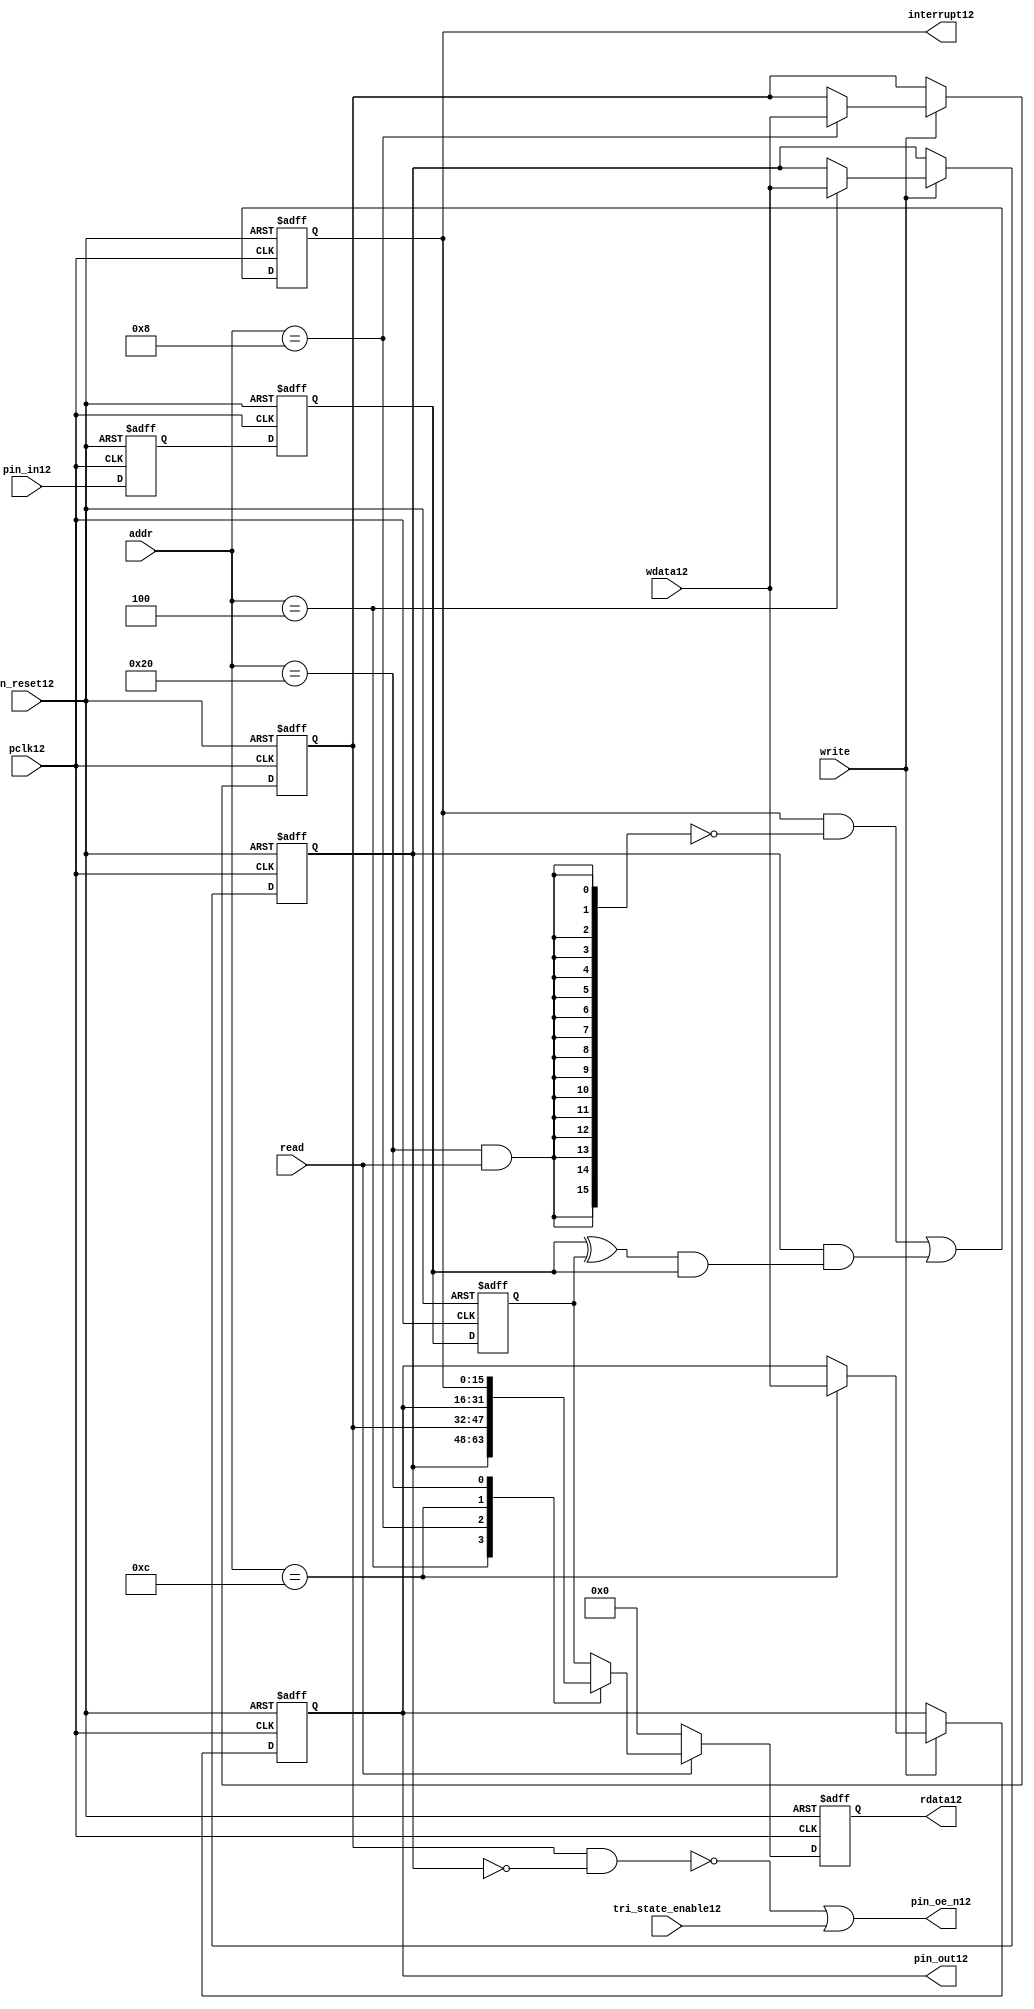
//File12 name   : gpio_lite_subunit12.v
//Title12       : 
//Created12     : 1999
//Description12 : Parametrised12 GPIO12 pin12 circuits12
//Notes12       : 
//----------------------------------------------------------------------
//   Copyright12 1999-2010 Cadence12 Design12 Systems12, Inc12.
//   All Rights12 Reserved12 Worldwide12
//
//   Licensed12 under the Apache12 License12, Version12 2.0 (the
//   "License12"); you may not use this file except12 in
//   compliance12 with the License12.  You may obtain12 a copy of
//   the License12 at
//
//       http12://www12.apache12.org12/licenses12/LICENSE12-2.0
//
//   Unless12 required12 by applicable12 law12 or agreed12 to in
//   writing, software12 distributed12 under the License12 is
//   distributed12 on an "AS12 IS12" BASIS12, WITHOUT12 WARRANTIES12 OR12
//   CONDITIONS12 OF12 ANY12 KIND12, either12 express12 or implied12.  See
//   the License12 for the specific12 language12 governing12
//   permissions12 and limitations12 under the License12.
//----------------------------------------------------------------------


module gpio_lite_subunit12(
  //Inputs12

  n_reset12,
  pclk12,

  read,
  write,
  addr,

  wdata12,
  pin_in12,

  tri_state_enable12,

  //Outputs12
 
  interrupt12,

  rdata12,
  pin_oe_n12,
  pin_out12

);
 
   // Inputs12
   
   // Clocks12   
   input n_reset12;            // asynch12 reset, active low12
   input pclk12;               // Ppclk12

   // Controls12
   input read;               // select12 GPIO12 read
   input write;              // select12 GPIO12 write
   input [5:0] 
         addr;               // address bus of selected master12

   // Dataflow12
   input [15:0]
         wdata12;              // GPIO12 Input12
   input [15:0]
         pin_in12;             // input data from pin12

   //Design12 for Test12 Inputs12
   input [15:0]
         tri_state_enable12;   // disables12 op enable -> Z12




   
   // Outputs12
   
   // Controls12
   output [15:0]
          interrupt12;         // interupt12 for input pin12 change

   // Dataflow12
   output [15:0]
          rdata12;             // GPIO12 Output12
   output [15:0]
          pin_oe_n12;          // output enable signal12 to pin12
   output [15:0]
          pin_out12;           // output signal12 to pin12
   



   
   // Registers12 in module

   //Define12 Physical12 registers in amba_unit12
   reg    [15:0]
          direction_mode12;     // 1=Input12 0=Output12              RW
   reg    [15:0]
          output_enable12;      // Output12 active                 RW
   reg    [15:0]
          output_value12;       // Value outputed12 from reg       RW
   reg    [15:0]
          input_value12;        // Value input from bus          R
   reg    [15:0]
          int_status12;         // Interrupt12 status              R

   // registers to remove metastability12
   reg    [15:0]
          s_synch12;            //stage_two12
   reg    [15:0]
          s_synch_two12;        //stage_one12 - to ext pin12
   
   
    
          
   // Registers12 for outputs12
   reg    [15:0]
          rdata12;              // prdata12 reg
   wire   [15:0]
          pin_oe_n12;           // gpio12 output enable
   wire   [15:0]
          pin_out12;            // gpio12 output value
   wire   [15:0]
          interrupt12;          // gpio12 interrupt12
   wire   [15:0]
          interrupt_trigger12;  // 1 sets12 interrupt12 status
   reg    [15:0]
          status_clear12;       // 1 clears12 interrupt12 status
   wire   [15:0]
          int_event12;          // 1 detects12 an interrupt12 event

   integer ia12;                // loop variable
   


   // address decodes12
   wire   ad_direction_mode12;  // 1=Input12 0=Output12              RW
   wire   ad_output_enable12;   // Output12 active                 RW
   wire   ad_output_value12;    // Value outputed12 from reg       RW
   wire   ad_int_status12;      // Interrupt12 status              R
   
//Register addresses12
//If12 modifying12 the APB12 address (PADDR12) width change the following12 bit widths12
parameter GPR_DIRECTION_MODE12   = 6'h04;       // set pin12 to either12 I12 or O12
parameter GPR_OUTPUT_ENABLE12    = 6'h08;       // contains12 oe12 control12 value
parameter GPR_OUTPUT_VALUE12     = 6'h0C;       // output value to be driven12
parameter GPR_INPUT_VALUE12      = 6'h10;       // gpio12 input value reg
parameter GPR_INT_STATUS12       = 6'h20;       // Interrupt12 status register

//Reset12 Values12
//If12 modifying12 the GPIO12 width change the following12 bit widths12
//parameter GPRV_RSRVD12            = 32'h0000_0000; // Reserved12
parameter GPRV_DIRECTION_MODE12  = 32'h00000000; // Default to output mode
parameter GPRV_OUTPUT_ENABLE12   = 32'h00000000; // Default 3 stated12 outs12
parameter GPRV_OUTPUT_VALUE12    = 32'h00000000; // Default to be driven12
parameter GPRV_INPUT_VALUE12     = 32'h00000000; // Read defaults12 to zero
parameter GPRV_INT_STATUS12      = 32'h00000000; // Int12 status cleared12



   //assign ad_bypass_mode12    = ( addr == GPR_BYPASS_MODE12 );   
   assign ad_direction_mode12 = ( addr == GPR_DIRECTION_MODE12 );   
   assign ad_output_enable12  = ( addr == GPR_OUTPUT_ENABLE12 );   
   assign ad_output_value12   = ( addr == GPR_OUTPUT_VALUE12 );   
   assign ad_int_status12     = ( addr == GPR_INT_STATUS12 );   

   // assignments12
   
   assign interrupt12         = ( int_status12);

   assign interrupt_trigger12 = ( direction_mode12 & int_event12 ); 

   assign int_event12 = ((s_synch12 ^ input_value12) & ((s_synch12)));

   always @( ad_int_status12 or read )
   begin : p_status_clear12

     for ( ia12 = 0; ia12 < 16; ia12 = ia12 + 1 )
     begin

       status_clear12[ia12] = ( ad_int_status12 & read );

     end // for ia12

   end // p_status_clear12

   // p_write_register12 : clocked12 / asynchronous12
   //
   // this section12 contains12 all the code12 to write registers

   always @(posedge pclk12 or negedge n_reset12)
   begin : p_write_register12

      if (~n_reset12)
      
       begin
         direction_mode12  <= GPRV_DIRECTION_MODE12;
         output_enable12   <= GPRV_OUTPUT_ENABLE12;
         output_value12    <= GPRV_OUTPUT_VALUE12;
       end
      
      else 
      
       begin
      
         if (write == 1'b1) // Write value to registers
      
          begin
              
            // Write Mode12
         
            if ( ad_direction_mode12 ) 
               direction_mode12 <= wdata12;
 
            if ( ad_output_enable12 ) 
               output_enable12  <= wdata12;
     
            if ( ad_output_value12 )
               output_value12   <= wdata12;

              

           end // if write
         
       end // else: ~if(~n_reset12)
      
   end // block: p_write_register12



   // p_metastable12 : clocked12 / asynchronous12 
   //
   // This12 process  acts12 to remove  metastability12 propagation
   // Only12 for input to GPIO12
   // In Bypass12 mode pin_in12 passes12 straight12 through

   always @(posedge pclk12 or negedge n_reset12)
      
   begin : p_metastable12
      
      if (~n_reset12)
        begin
         
         s_synch12       <= {16 {1'b0}};
         s_synch_two12   <= {16 {1'b0}};
         input_value12   <= GPRV_INPUT_VALUE12;
         
        end // if (~n_reset12)
      
      else         
        begin
         
         input_value12   <= s_synch12;
         s_synch12       <= s_synch_two12;
         s_synch_two12   <= pin_in12;

        end // else: ~if(~n_reset12)
      
   end // block: p_metastable12


   // p_interrupt12 : clocked12 / asynchronous12 
   //
   // These12 lines12 set and clear the interrupt12 status

   always @(posedge pclk12 or negedge n_reset12)
   begin : p_interrupt12
      
      if (~n_reset12)
         int_status12      <= GPRV_INT_STATUS12;
      
      else 
         int_status12      <= ( int_status12 & ~(status_clear12) // read & clear
                            ) |
                            interrupt_trigger12;             // new interrupt12
        
   end // block: p_interrupt12
   
   
   // p_read_register12  : clocked12 / asynchronous12 
   //
   // this process registers the output values

   always @(posedge pclk12 or negedge n_reset12)

      begin : p_read_register12
         
         if (~n_reset12)
         
           begin

            rdata12 <= {16 {1'b0}};

           end
           
         else //if not reset
         
           begin
         
            if (read == 1'b1)
            
              begin
            
               case (addr)
            
                  
                  GPR_DIRECTION_MODE12:
                     rdata12 <= direction_mode12;
                  
                  GPR_OUTPUT_ENABLE12:
                     rdata12 <= output_enable12;
                  
                  GPR_OUTPUT_VALUE12:
                     rdata12 <= output_value12;
                  
                  GPR_INT_STATUS12:
                     rdata12 <= int_status12;
                  
                  default: // if GPR_INPUT_VALUE12 or unmapped reg addr
                     rdata12 <= input_value12;
            
               endcase
            
              end //end if read
            
            else //in not read
            
              begin // if not a valid read access, keep12 '0'-s 
              
               rdata12 <= {16 {1'b0}};
              
              end //end if not read
              
           end //end else if not reset

      end // p_read_register12


   assign pin_out12 = 
        ( output_value12 ) ;
     
   assign pin_oe_n12 = 
      ( ( ~(output_enable12 & ~(direction_mode12)) ) |
        tri_state_enable12 ) ;

                
  
endmodule // gpio_subunit12